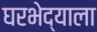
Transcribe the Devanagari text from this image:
घरभेद्याला